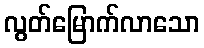
လွတ်မြောက်လာသော